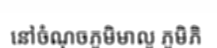
នៅចំណុចភូមិមាលូ ភូមិភិ